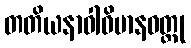
တတိယနာဝါဝိမာနဝတ္ထု